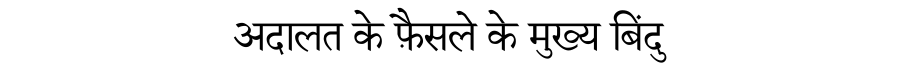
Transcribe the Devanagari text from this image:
अदालत के फ़ैसले के मुख्य बिंदु